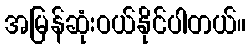
အမြန်ဆုံးဝယ်နိုင်ပါတယ်။